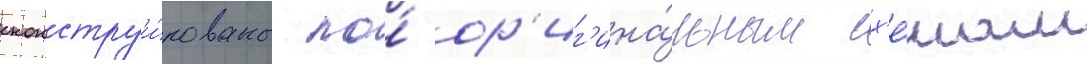
сконструи́рованы по́ ор'иг'ина́льным сх'е́мам